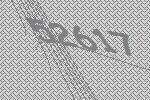
52617